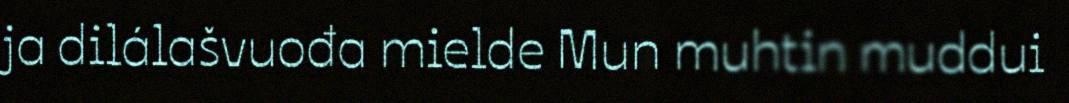
ja dilálašvuođa mielde Mun muhtin muddui